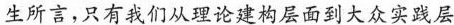
生所言，只有我们从理论建构层面到大众实践层